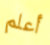
أعلم